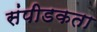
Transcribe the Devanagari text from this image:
संपीडकता